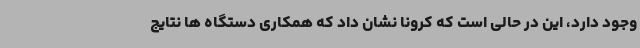
وجود دارد، این در حالی است که کرونا نشان داد که همکاری دستگاه ها نتایج